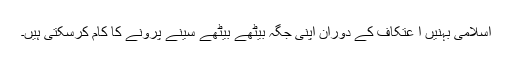
اِسلامی بہنیں ا ِعتِکاف کے دَوران اپنی جگہ بیٹھے بیٹھے سِینے پِرَونے کا کام کرسکتی ہیں۔